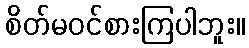
စိတ်မဝင်စားကြပါဘူး။